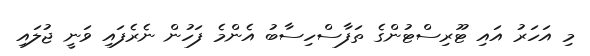
މި އަހަރު އައި ޓޫރިސްޓުންގެ ތަފާސްހިސާބު އެންމެ ފަހުން ނެރެފައި ވަނީ ޖުލައި